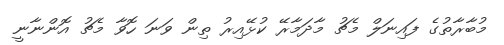
މުބާރާތުގެ ފައިނަލް މެޗު މާދަމާރޭ ކުޅޭއިރު ތިން ވަނަ ހޮވާ މެޗު އޮންނާނީ